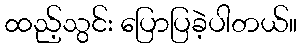
ထည့်သွင်း ပြောပြခဲ့ပါတယ်။